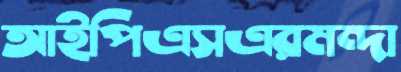
আইপিএসএরমন্দা